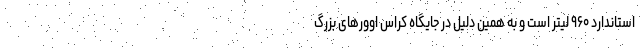
استاندارد ۹۶۰ لیتر است و به همین دلیل در جایگاه کراس اوورهای بزرگ